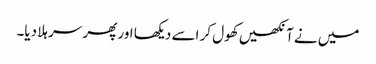
میں نے آنکھیں کھول کر اسے دیکھا اور پھر سر ہلا دیا۔